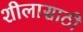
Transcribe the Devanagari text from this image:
शीलासाठी